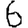
Digit: 6